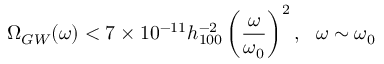
\Omega _ { G W } ( \omega ) < 7 \times 1 0 ^ { - 1 1 } h _ { 1 0 0 } ^ { - 2 } \left( \frac { \omega } { \omega _ { 0 } } \right) ^ { 2 } , ~ ~ \omega \sim \omega _ { 0 }